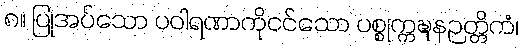
၈။ ပြုအပ်သော ပဝါရဏာကိုငင်သော ပစ္စုက္ကဍ္ဎနဉတ္တိကံ၊